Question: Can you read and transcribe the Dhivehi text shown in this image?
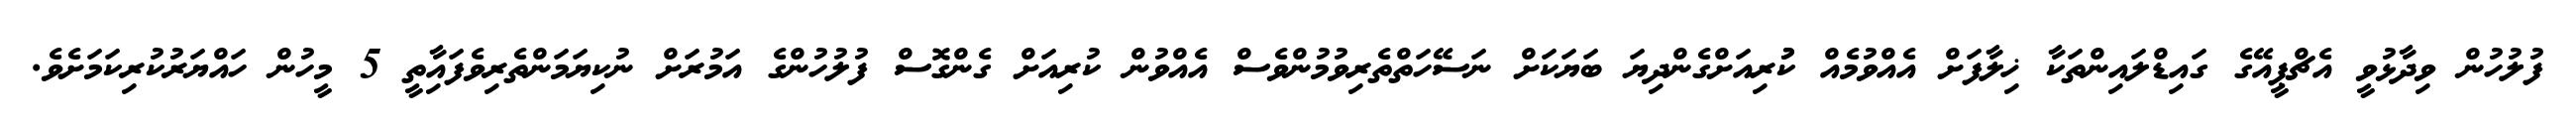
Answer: ފުލުހުން ވިދާޅުވީ އެޗްޕީއޭގެ ގައިޑްލައިންތަކާ ޚިލާފަށް އެއްވުމެއް ކުުރިއަށްގެންދިޔަ ބަޔަކަށް ނަސޭހަތްތެރިވުމުންވެސް އެއްވުން ކުރިއަށް ގެންގޮސް ފުލުހުންގެ އަމުރަށް ނުކިޔަމަންތެރިވެފައިާތީ 5 މީހުން ހައްޔަރުކުރިކަމަށެވެ.